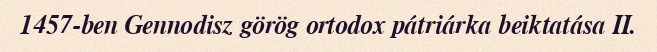
1457-ben Gennodisz görög ortodox pátriárka beiktatása II.